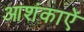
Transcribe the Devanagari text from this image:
आशंकाऐं